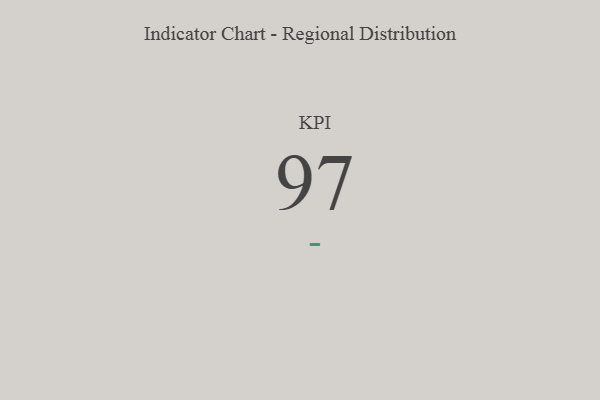
{"axis": {"x": "KPI", "y": "Value"}, "legend": [""], "data": [{"x": "KPI", "y": 97, "type": ""}]}